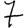
Digit: 7